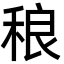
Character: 稂